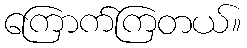
ကြောက်ကြတယ်။